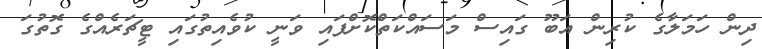
ދިން ހަމަލާގެ ކުރިން އަބޫ ގައިސް މަސައްކަތްކޮށްފައި ވަނީ ކުވެއިތުގައި ޓީޗަރެއްގެ ގޮތުގަ